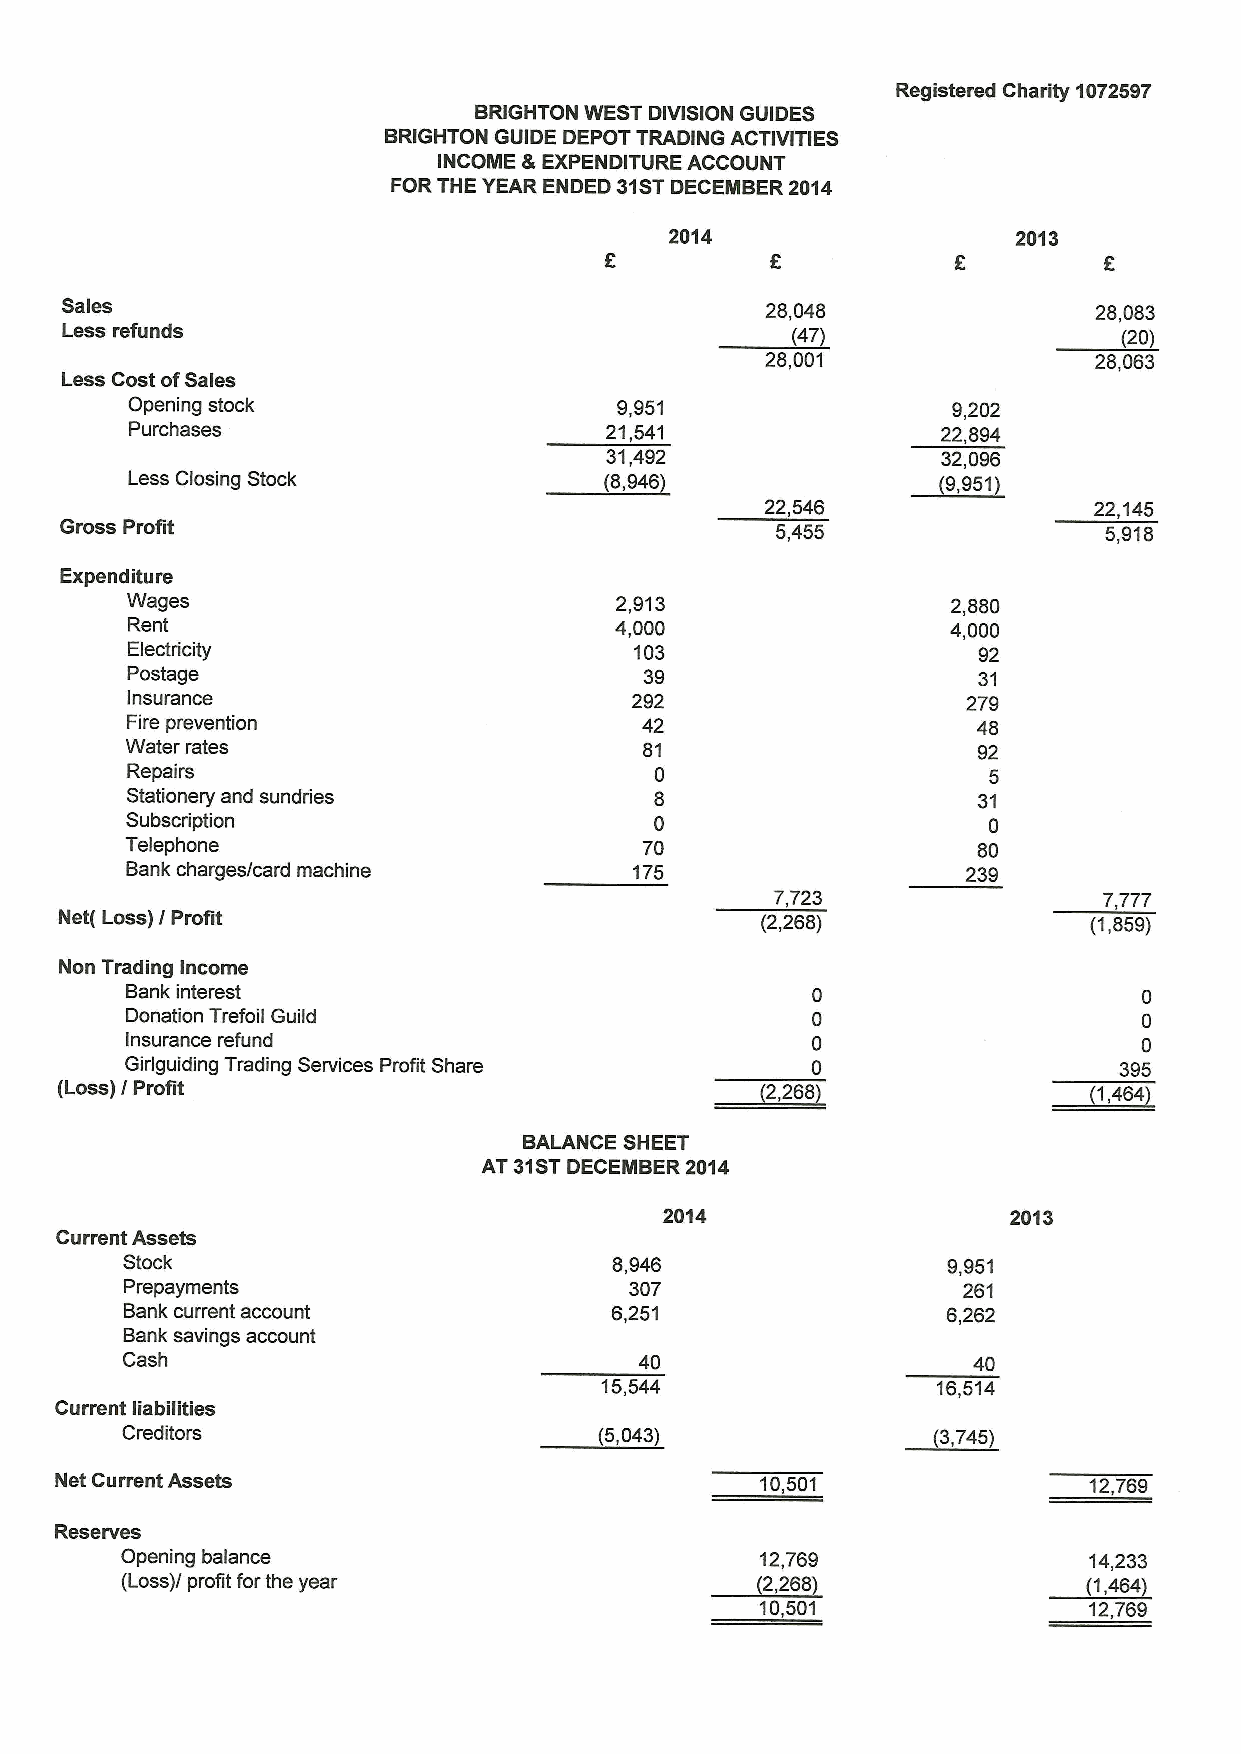
Registered Charity 1072597
 BRIGHTON WEST DIVISION GUIDES
 BRIGHTON GUIDE DEPOT TRADING ACTIVITIES
 INCOME fl'6 EXPENDITURE ACCOUNT
 FOR THE YEAR ENDED 31STDECEMBER 2014
 2014                   2013
 Sales                                          28,048               28,083
 Less refunds
 (47)                  (20)
 28,001               28,063
 Less Cost ofSales
 Opening stock                   9,951                 9,202
 Purchases                      21,541                22,894
 31,492                32,096
 Less Closing Stock              (8,946)             ~(9,951
 22,546               22,145
 Gross Profit                                   5,455                 5,918
 Expenditure
 Wages                            2,913                 2,880
 Rent                             4,000                 4,000
 Electricity                       103                    92
 Postage                            39                    31
 Insurance                         292                   279
 Fire prevention                   42                     48
 Water rates                        81                    92
 Repairs                            0                     5
 Stationery and sundries            8                     31
 Subscription                       0                     0
 Telephone                          70                    80
 Bank charges/card machine         175                   239
 7,723                 7,777
 Net( Loss) / Profit                           (2,268)               (1,859)
 Non Trading Income
 Bank interest                                                       0
 Donation Trefoil Guild                                              0
 Insurance refund                                                    0
 Girlguiding Trading Services Profit Share                         395
 (Loss) / Profit                               (2,268)               (1,464)
 BALANCE SHEET
 AT 31STDECEMBER 2014
 2014                   2013
 Current Assets
 Stock                            8,946                 9,951
 Prepayments                       307                   261
 Bank current account            6,251                  6,262
 Bank savings account
 Cash                              40                    40
 15,544                16,514
 Current liabilities
 Creditors                       (5,043)               (3,745)
 Net Current Assets                            10,501                12,769
 Reserves
 Opening balance                           12,769                14,233
 ~(1,
 (Loss)/ profit forthe year                (2,268)                464
 10,501                12,769